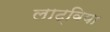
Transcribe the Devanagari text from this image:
लाट्विया